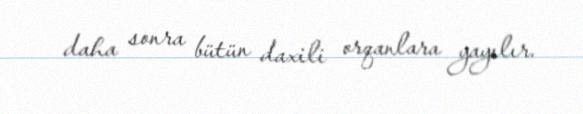
daha sonra bütün daxili orqanlara yayılır.